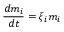
\frac { d m _ { i } } { d t } = \xi _ { i } m _ { i }